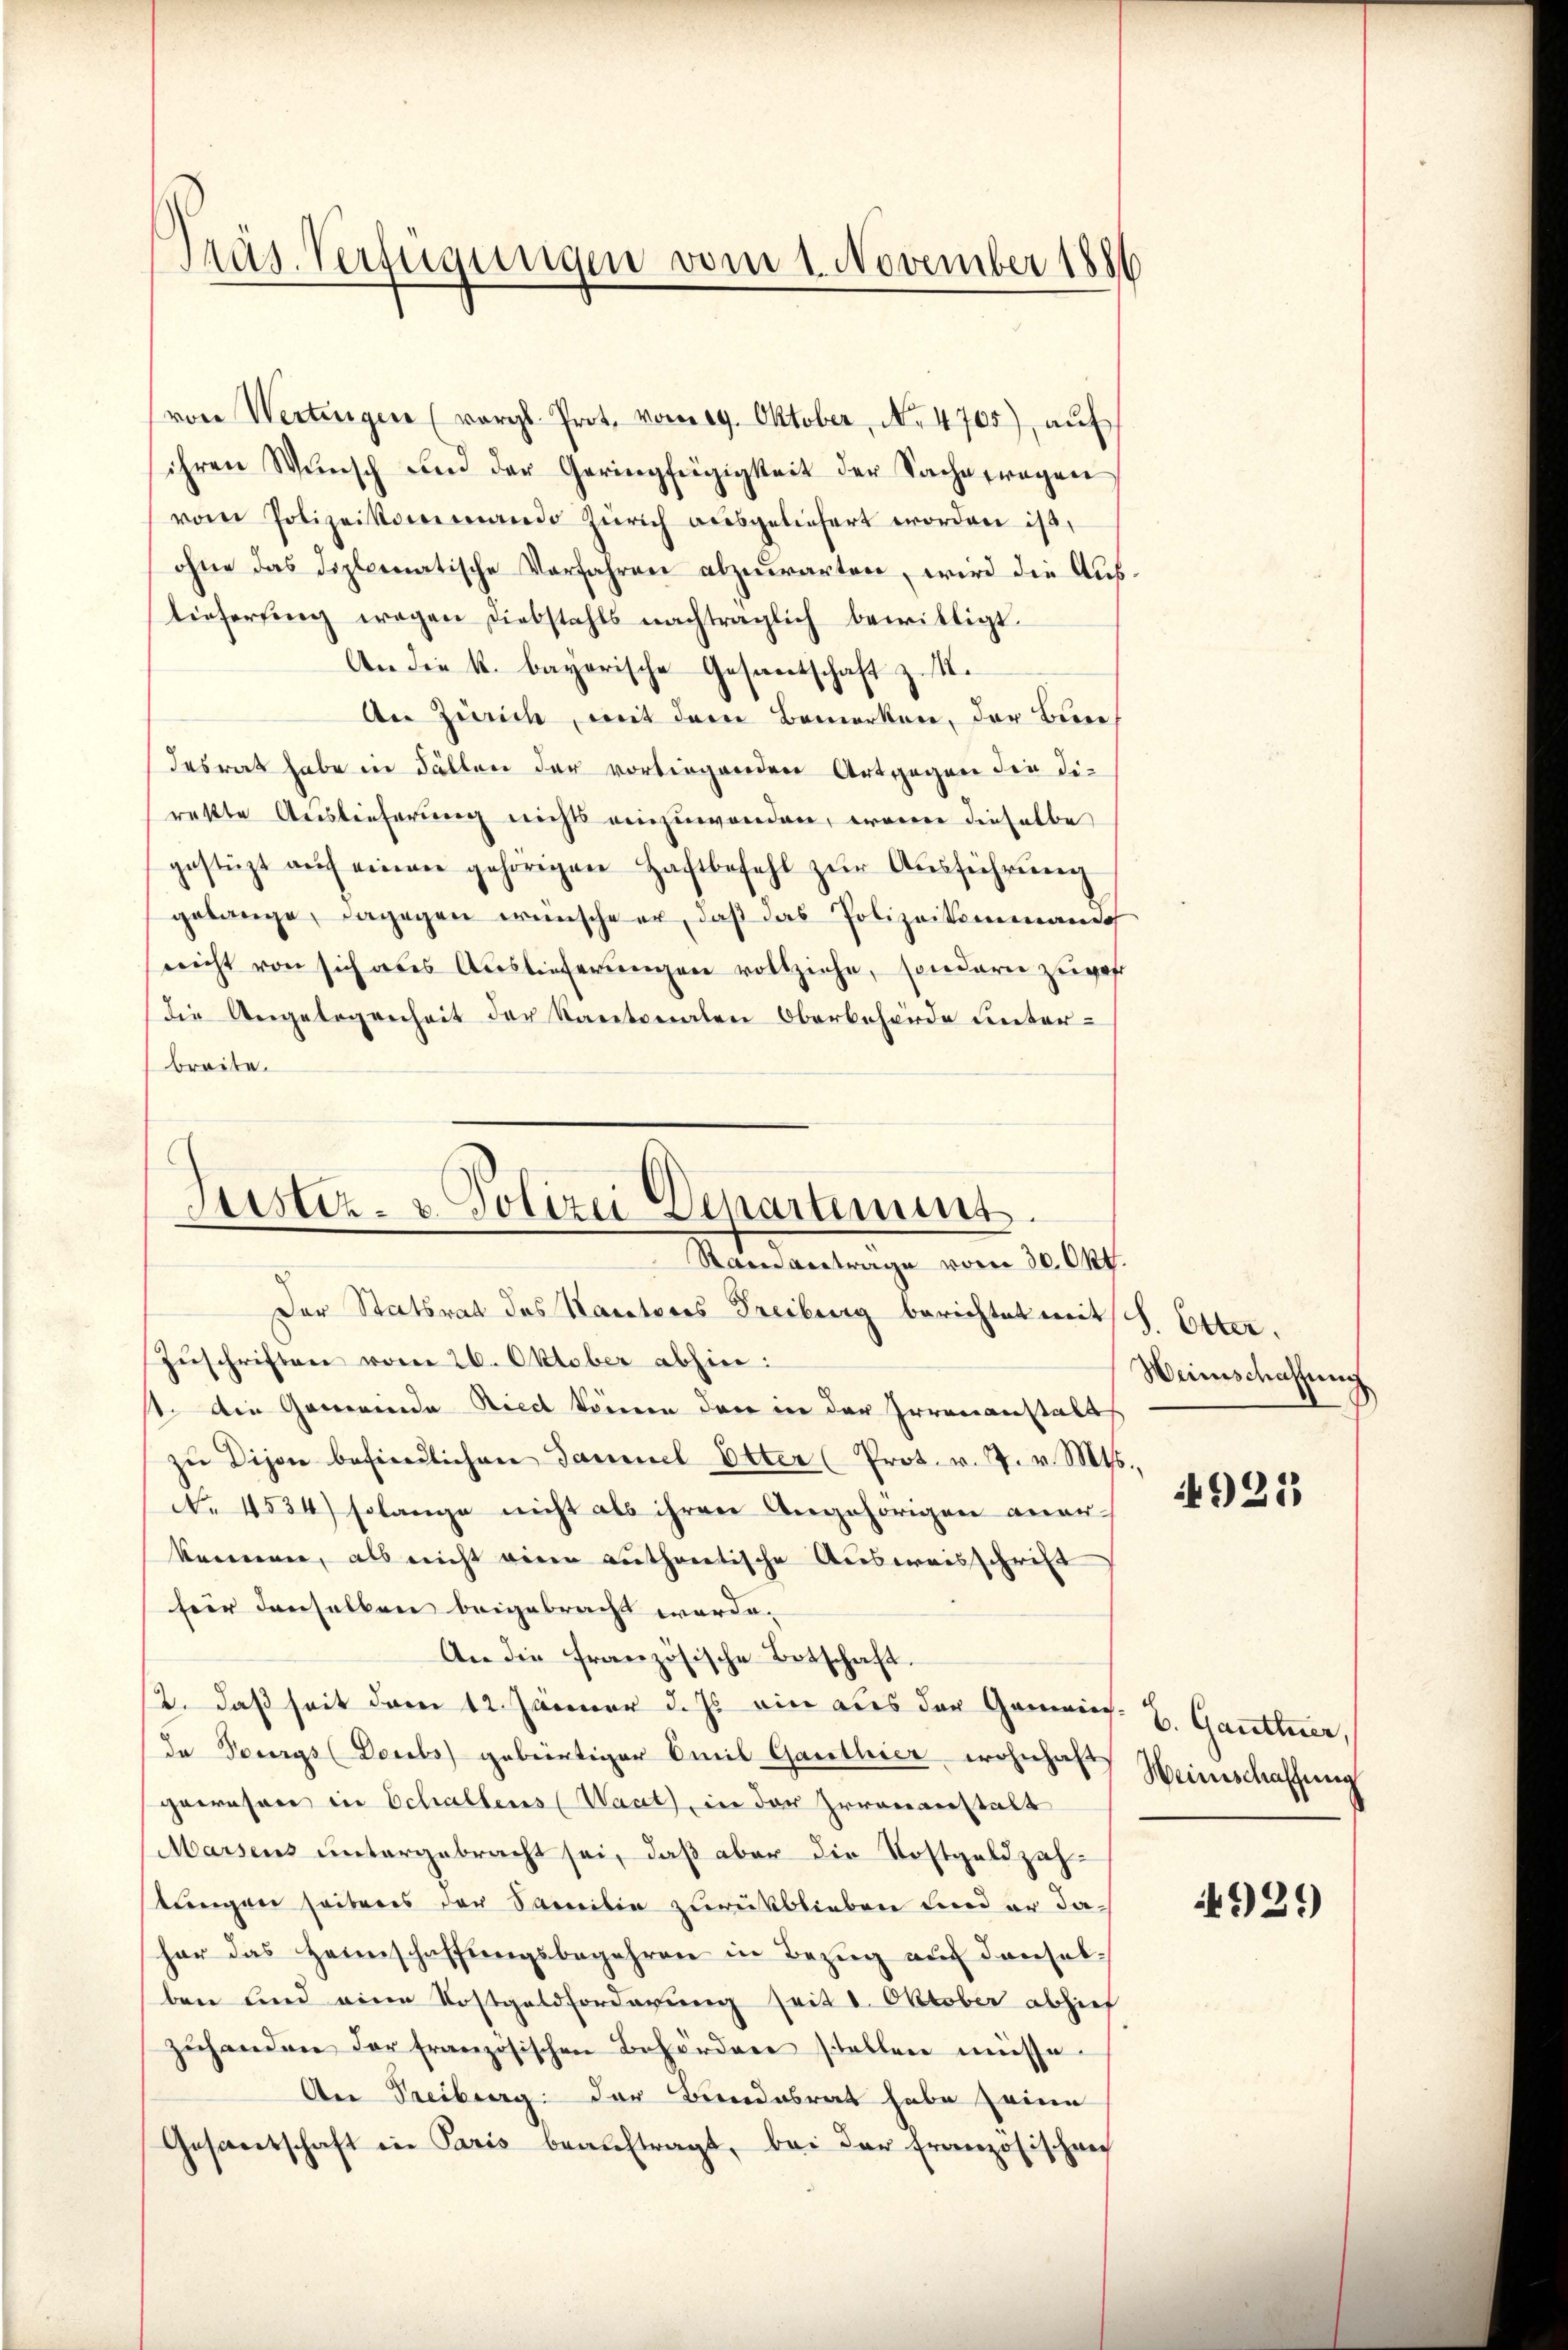
Präs. Verfügungen vom 1. November 1886

von Wertengen (vergl. Prot. vom 19. Oktober, No. 4705), aŭf
ihren Wŭnsch und der Geringfügigkeit der Sachetragen
vom Polizeikommando Zürich ausgeliefert worden ist,
ohne das Diplomatische Vorfahren abzuwarten, wird die Auflieferŭng wegen Diebstahls nachträglich bewilligt.
An die k. bayerische Gesandschaft z. I.
An Zürich, mit dem Bemerken, der Ben
desrat habe in Fällen der vorliegenden Antgegen die Dirette Auslieferung nichts einzuwenden, waren dieselbe
gestüzt aŭf einen gehörigen Haftbefehl zŭr Aŭsführung
gelange, dagegen wünsche er, daß das Polizeikommando
nicht von sich als Auslieferŭngen vollziehe, sondern zuges
die Angelegenheit der Kantonalen Oberbehörde unter-
breite.

Justiz- & Polizei Departimuns.
Rain antrage vom 30. Okt.
Der Statsrat des Kantores Freiburg berichtet mit J. Etter.

Zŭschriften vom 26. Oktober abhin:
st. Ain Gemeinde Ried keinen den in der Irrenanstalt
zŭ Dijon befindlichen Sammel Etter (Prot. v. 7. v. Mts.,
No. 4534) solange nicht als ihren Angehörigen aner-
kommen, als nicht einen authortische Ausweisschrift
für denselben beigebracht werde.
An die französische Botschaft.
12. daß seit dem 12. Jänner d. Js. ein aus der Gemeins. Z. Gantner,
de Tourgs (Doubs gebürtiger Emil Ganthier wohnhaft Heinschaffung
gewesen in Schaltens (Want, in der Irrenanstalt
Marsens untergebracht sei, daß aber die Kostgeldzahtungen seitens der Samilie zurückblieben und er dahar das Heimschaffŭngsbegehren in Bezug auf denselben und eine Kostgeldforderung seit 1. Oktober abzieh
zŭhanden der französischen Behördere stellen müsse.
An Freiburg. Der Bundesrat habe seine
Gesandschaft in Paris beaŭftragt, bei der Französischrec

Weinschaffung

921

4921)